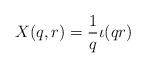
LaTeX: \begin{align*}X(q,r) = \frac 1q \iota(qr) \end{align*}